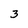
Character: 3